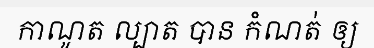
កាណូត ល្បាត បាន កំណត់ ឲ្យ